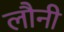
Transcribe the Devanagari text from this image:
लौनी